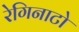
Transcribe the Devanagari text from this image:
रेगिनाटो